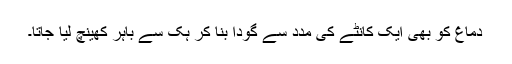
دماغ کو بھی ایک کانٹے کی مدد سے گودا بنا کر ہک سے باہر کھینچ لیا جاتا۔